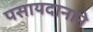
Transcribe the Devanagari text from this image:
पसायदानाने